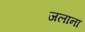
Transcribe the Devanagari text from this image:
जलानां